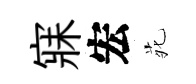
寐宏𫟍